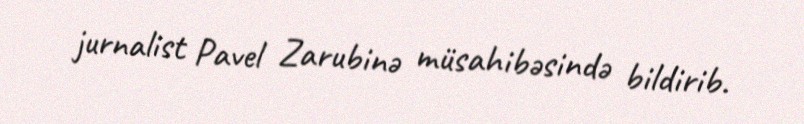
jurnalist Pavel Zarubinə müsahibəsində bildirib.